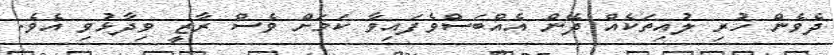
ދެވެން ހުރި ލުއިތަކެއް ދޭން އެއްބަސްވެފައިވާ ކަމަށް ވެސް ރާޒީ ވިދާޅުވި އެވެ.